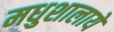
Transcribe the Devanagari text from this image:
मधुशालाये